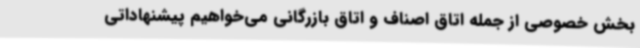
بخش خصوصی از جمله اتاق اصناف و اتاق بازرگانی می‌خواهیم پیشنهاداتی